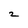
Character: 2